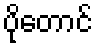
ပိုတောင်